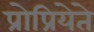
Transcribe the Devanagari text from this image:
प्रोप्रियेते